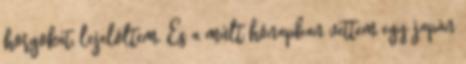
horgokat, lejelöltem. És a múlt hónapban vettem egy japán